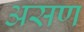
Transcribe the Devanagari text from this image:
असण